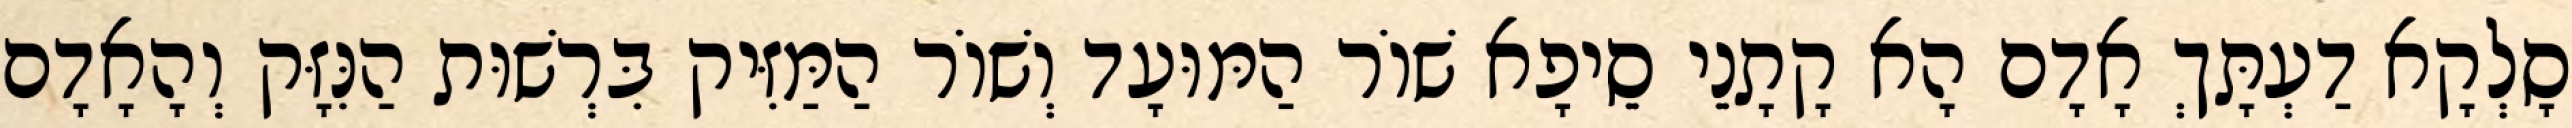
סָלְקָא דַעְתָּךְ אָדָם הָא קָתָנֵי סֵיפָא שׁוֹר הַמּוּעָד וְשׁוֹר הַמַּזִּיק בִּרְשׁוּת הַנִּזָּק וְהָאָדָם